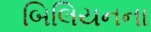
બિલિયનના